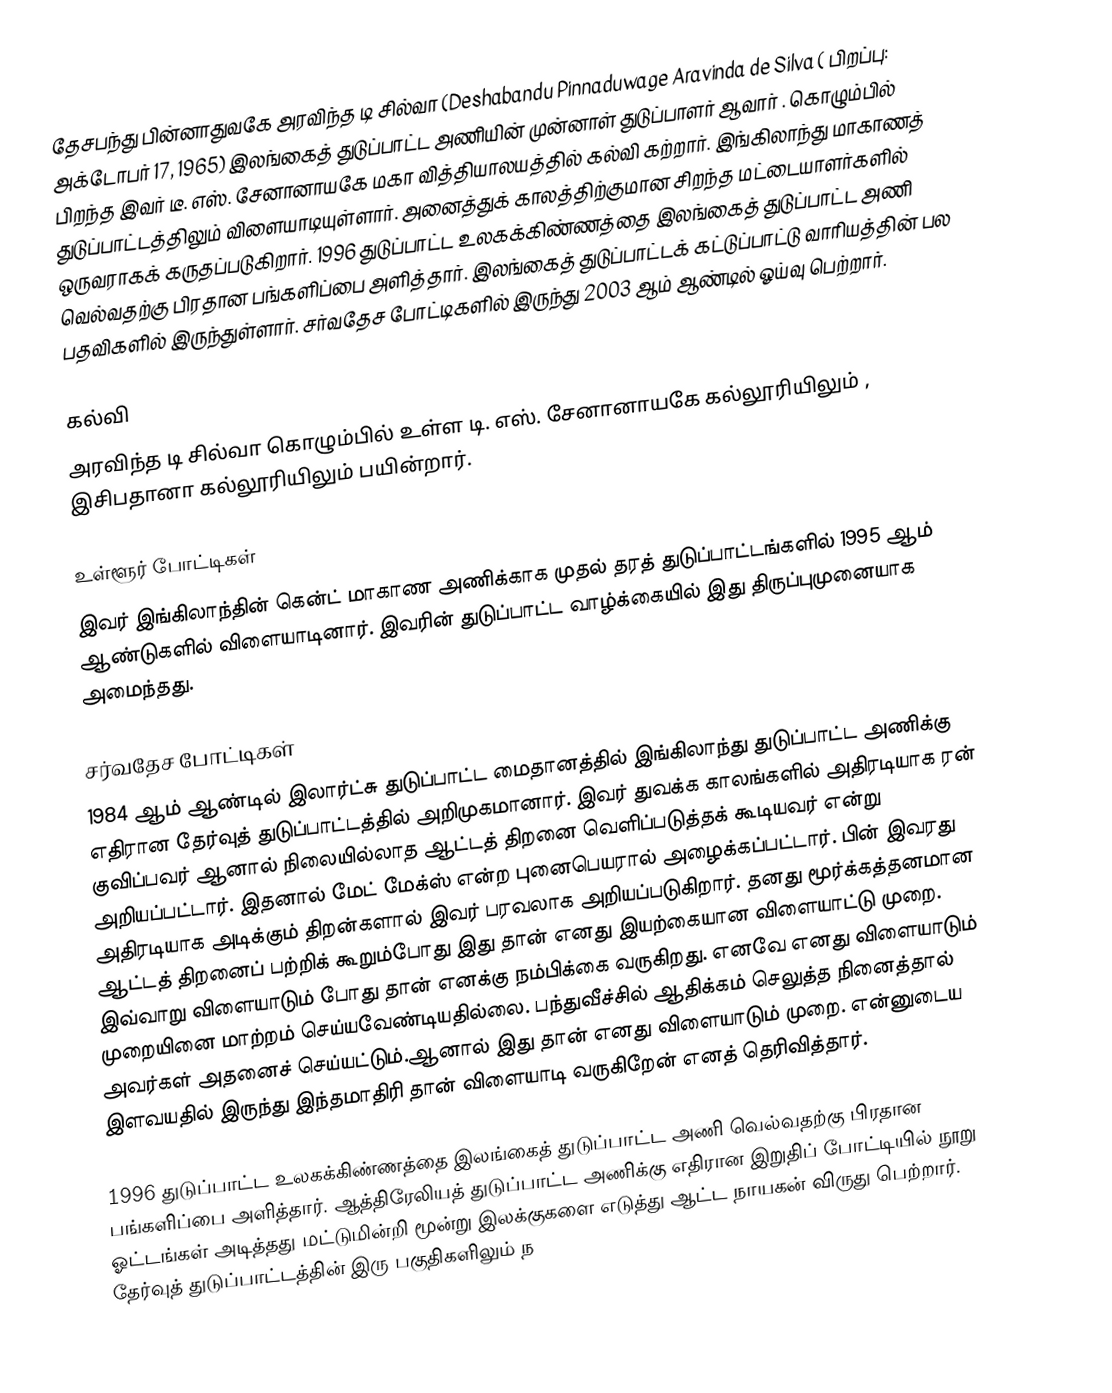
தேசபந்து பின்னாதுவகே அரவிந்த டி சில்வா (Deshabandu Pinnaduwage Aravinda de Silva ( பிறப்பு: அக்டோபர் 17, 1965) இலங்கைத் துடுப்பாட்ட அணியின் முன்னாள் துடுப்பாளர் ஆவார் . கொழும்பில் பிறந்த இவர் டீ. எஸ். சேனானாயகே மகா வித்தியாலயத்தில் கல்வி கற்றார். இங்கிலாந்து மாகாணத் துடுப்பாட்டத்திலும் விளையாடியுள்ளார். அனைத்துக் காலத்திற்குமான சிறந்த மட்டையாளர்களில் ஒருவராகக் கருதப்படுகிறார். 1996 துடுப்பாட்ட உலகக்கிண்ணத்தை இலங்கைத் துடுப்பாட்ட அணி வெல்வதற்கு பிரதான பங்களிப்பை அளித்தார். இலங்கைத் துடுப்பாட்டக் கட்டுப்பாட்டு வாரியத்தின் பல பதவிகளில் இருந்துள்ளார். சர்வதேச போட்டிகளில் இருந்து 2003 ஆம் ஆண்டில் ஓய்வு பெற்றார்.

கல்வி
அரவிந்த டி சில்வா கொழும்பில் உள்ள டி. எஸ். சேனானாயகே கல்லூரியிலும் , இசிபதானா கல்லூரியிலும் பயின்றார்.

உள்ளூர் போட்டிகள்
இவர் இங்கிலாந்தின் கென்ட் மாகாண அணிக்காக முதல் தரத் துடுப்பாட்டங்களில் 1995 ஆம் ஆண்டுகளில் விளையாடினார். இவரின் துடுப்பாட்ட வாழ்க்கையில் இது திருப்புமுனையாக அமைந்தது.

சர்வதேச போட்டிகள்
1984 ஆம் ஆண்டில் இலார்ட்சு துடுப்பாட்ட மைதானத்தில் இங்கிலாந்து துடுப்பாட்ட அணிக்கு எதிரான தேர்வுத் துடுப்பாட்டத்தில் அறிமுகமானார். இவர் துவக்க காலங்களில் அதிரடியாக ரன் குவிப்பவர் ஆனால் நிலையில்லாத ஆட்டத் திறனை வெளிப்படுத்தக் கூடியவர் என்று அறியப்பட்டார். இதனால் மேட் மேக்ஸ்  என்ற புனைபெயரால் அழைக்கப்பட்டார். பின் இவரது அதிரடியாக அடிக்கும் திறன்களால் இவர் பரவலாக அறியப்படுகிறார். தனது மூர்க்கத்தனமான ஆட்டத் திறனைப் பற்றிக் கூறும்போது இது தான் எனது இயற்கையான விளையாட்டு முறை. இவ்வாறு விளையாடும் போது தான் எனக்கு நம்பிக்கை வருகிறது. எனவே எனது விளையாடும் முறையினை மாற்றம் செய்யவேண்டியதில்லை. பந்துவீச்சில் ஆதிக்கம் செலுத்த நினைத்தால் அவர்கள் அதனைச் செய்யட்டும்.ஆனால் இது தான் எனது விளையாடும் முறை. என்னுடைய இளவயதில் இருந்து இந்தமாதிரி தான் விளையாடி வருகிறேன் எனத் தெரிவித்தார்.

1996 துடுப்பாட்ட உலகக்கிண்ணத்தை இலங்கைத் துடுப்பாட்ட அணி வெல்வதற்கு பிரதான பங்களிப்பை அளித்தார். ஆத்திரேலியத் துடுப்பாட்ட அணிக்கு எதிரான இறுதிப் போட்டியில் நூறு ஓட்டங்கள் அடித்தது மட்டுமின்றி மூன்று இலக்குகளை எடுத்து ஆட்ட நாயகன் விருது பெற்றார். தேர்வுத் துடுப்பாட்டத்தின் இரு பகுதிகளிலும் ந